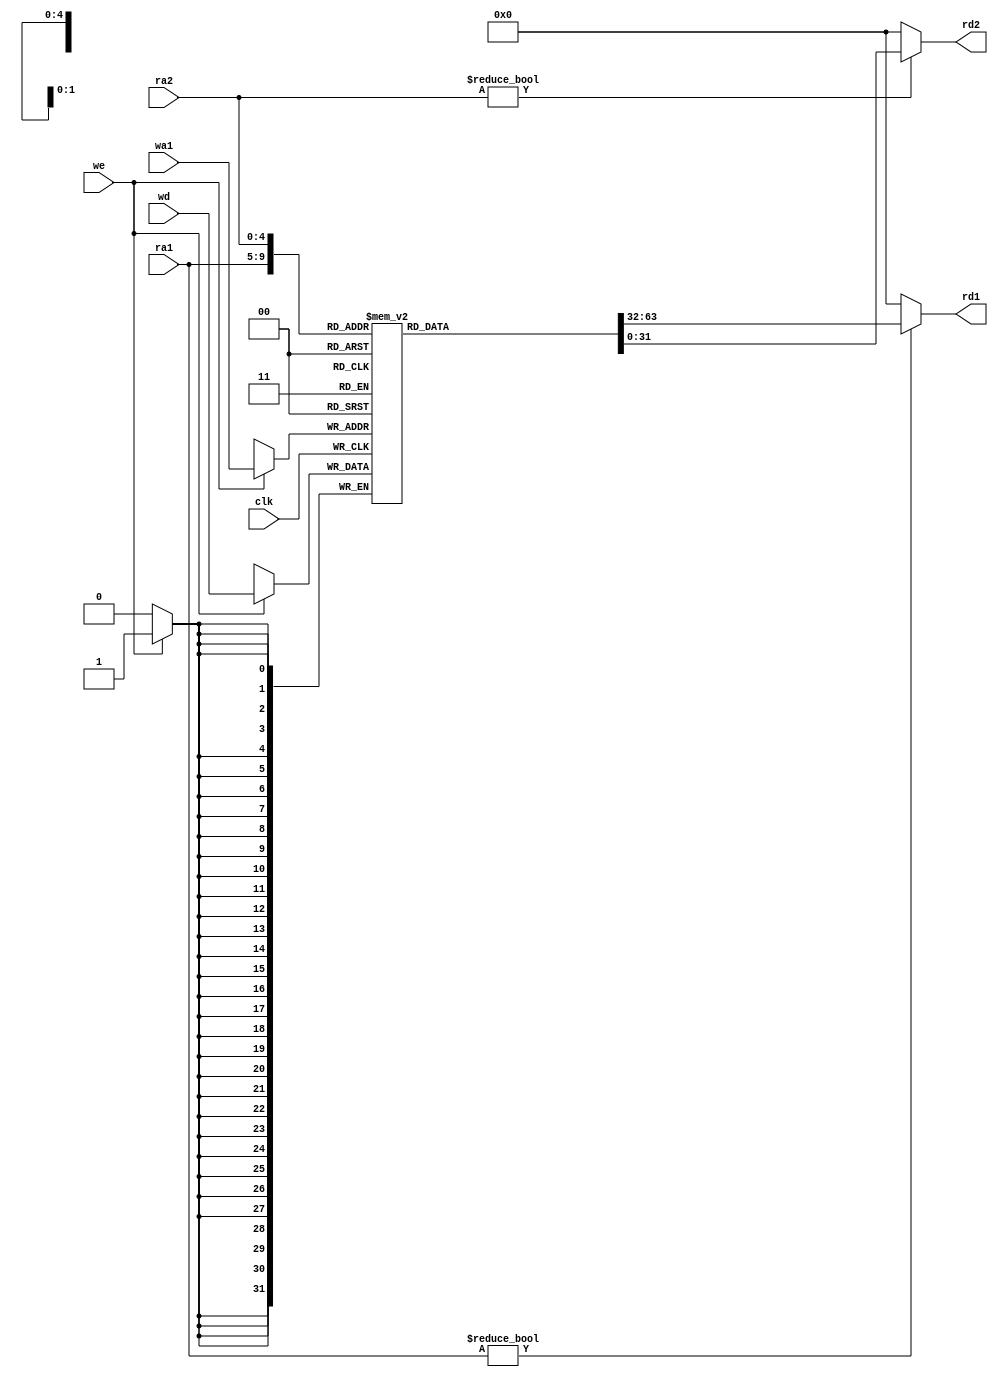
`timescale 1ns / 1ps
//////////////////////////////////////////////////////////////////////////////////
// Company: 
// Engineer: 
// 
// Design Name: 
// Module Name: register_file
// Project Name: 
// Target Devices: 
// Tool Versions: 
// Description: 
// 
// Dependencies: 
// 
// Revision:
// Revision 0.01 - File Created
// Additional Comments:
// 
//////////////////////////////////////////////////////////////////////////////////
module register_file(
input clk,input we,
input [4:0]ra1,ra2,
input[4:0]wa1,
input [31:0]wd,
output[31:0]rd1,rd2);

reg[31:0] regfile[31:0];

assign rd1=(ra1!=0)?(regfile[ra1]):0;
assign rd2=(ra2!=0)?(regfile[ra2]):0;

always@(posedge clk)
begin
    if(we)
    regfile[wa1]<=wd;
end
endmodule